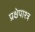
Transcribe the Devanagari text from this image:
प्रक्षेपाश्त्र